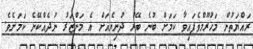
ރައްޔަތުން މަހުރޫމްވެފައިވާ ކަމަށް ބުނެ ބޭރު ދުނިޔެއަށް އެ މަންޒަރު ނުދެއްކޭނެ ކަމަށެވެ.